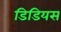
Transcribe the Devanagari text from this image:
डिडियस